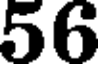
56